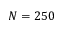
N = 2 5 0